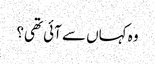
وہ کہاں سے آئی تھی؟